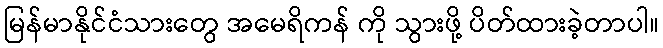
မြန်မာနိုင်ငံသားတွေ အမေရိကန် ကို သွားဖို့ ပိတ်ထားခဲ့တာပါ။